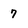
Character: 7